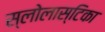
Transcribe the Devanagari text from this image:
स्लोलास्टिका